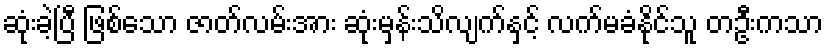
ဆုံးခဲ့ပြီ ဖြစ်သော ဇာတ်လမ်းအား ဆုံးမှန်းသိလျက်နှင့် လက်မခံနိုင်သူ တဦးကသာ